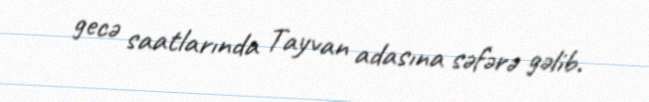
gecə saatlarında Tayvan adasına səfərə gəlib.